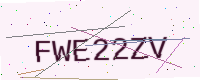
Text: FWE22ZV